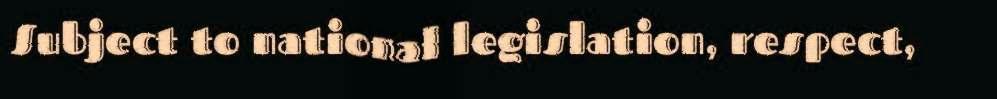
Subject to national legislation, respect,